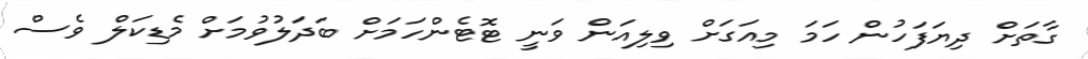
ގާތަށް ދިޔަފަހުން ހަމަ މިއަގަށް ވިލިއަން ވަނީ ޓޮޓެންހަމަށް ބަދަލުވުމަށް މެޑިކަލް ވެސް